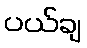
ပယ်ချ